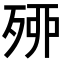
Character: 𣨇